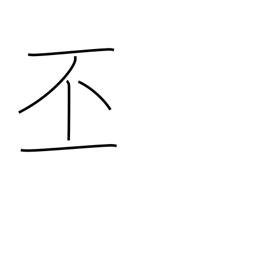
Meaning: grand